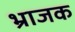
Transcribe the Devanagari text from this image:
भ्राजक